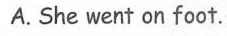
A.She went on foot.